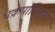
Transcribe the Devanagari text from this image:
चक्रपाणिदत्त